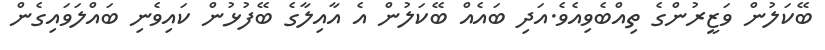
ބޭކަލުން ވަޒީރުންގެ ތިއްބެވިއެވެ.އަދި ބައެއް ބޭކަލުން އެ އާއިލާގެ ބޭފުޅުން ކައިވެނި ބައްލަވައިގެން